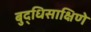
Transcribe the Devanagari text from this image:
बुद्धिसाक्षिणे